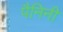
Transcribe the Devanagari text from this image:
पैनिनी